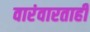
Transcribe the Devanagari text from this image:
वारंवारताही